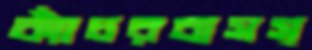
ক্যাঁচরবাসস্